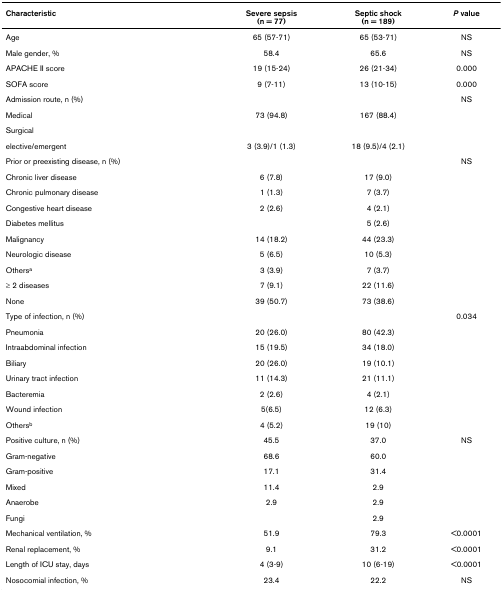
| Characteristic | Severe sepsis(n = 77) | Septic shock(n = 189) | P value |
 | --- | --- | --- | --- |
 | Age | 65 (57-71) | 65 (53-71) | NS |
 | Male gender, % | 58.4 | 65.6 | NS |
 | APACHE II score | 19 (15-24) | 26 (21-34) | 0.000 |
 | SOFA score | 9 (7-11) | 13 (10-15) | 0.000 |
 | Admission route, n (%) |  |  | NS |
 | Medical | 73 (94.8) | 167 (88.4) |  |
 | Surgical |  |  |  |
 | elective/emergent | 3 (3.9)/1 (1.3) | 18 (9.5)/4 (2.1) |  |
 | Prior or preexisting disease, n (%) |  |  | NS |
 | Chronic liver disease | 6 (7.8) | 17 (9.0) |  |
 | Chronic pulmonary disease | 1 (1.3) | 7 (3.7) |  |
 | Congestive heart disease | 2 (2.6) | 4 (2.1) |  |
 | Diabetes mellitus |  | 5 (2.6) |  |
 | Malignancy | 14 (18.2) | 44 (23.3) |  |
 | Neurologic disease | 5 (6.5) | 10 (5.3) |  |
 | Othersa | 3 (3.9) | 7 (3.7) |  |
 | ≥ 2 diseases | 7 (9.1) | 22 (11.6) |  |
 | None | 39 (50.7) | 73 (38.6) |  |
 | Type of infection, n (%) |  |  | 0.034 |
 | Pneumonia | 20 (26.0) | 80 (42.3) |  |
 | Intraabdominal infection | 15 (19.5) | 34 (18.0) |  |
 | Biliary | 20 (26.0) | 19 (10.1) |  |
 | Urinary tract infection | 11 (14.3) | 21 (11.1) |  |
 | Bacteremia | 2 (2.6) | 4 (2.1) |  |
 | Wound infection | 5(6.5) | 12 (6.3) |  |
 | Othersb | 4 (5.2) | 19 (10) |  |
 | Positive culture, n (%) | 45.5 | 37.0 | NS |
 | Gram-negative | 68.6 | 60.0 |  |
 | Gram-positive | 17.1 | 31.4 |  |
 | Mixed | 11.4 | 2.9 |  |
 | Anaerobe | 2.9 | 2.9 |  |
 | Fungi |  | 2.9 |  |
 | Mechanical ventilation, % | 51.9 | 79.3 | <0.0001 |
 | Renal replacement, % | 9.1 | 31.2 | <0.0001 |
 | Length of ICU stay, days | 4 (3-9) | 10 (6-19) | <0.0001 |
 | Nosocomial infection, % | 23.4 | 22.2 | NS |